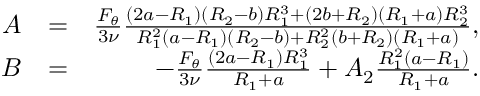
\begin{array} { r l r } { A } & { = } & { \frac { F _ { \theta } } { 3 \nu } \frac { ( 2 a - R _ { 1 } ) ( R _ { 2 } - b ) R _ { 1 } ^ { 3 } + ( 2 b + R _ { 2 } ) ( R _ { 1 } + a ) R _ { 2 } ^ { 3 } } { R _ { 1 } ^ { 2 } ( a - R _ { 1 } ) ( R _ { 2 } - b ) + R _ { 2 } ^ { 2 } ( b + R _ { 2 } ) ( R _ { 1 } + a ) } , } \\ { B } & { = } & { - \frac { F _ { \theta } } { 3 \nu } \frac { ( 2 a - R _ { 1 } ) R _ { 1 } ^ { 3 } } { R _ { 1 } + a } + A _ { 2 } \frac { R _ { 1 } ^ { 2 } ( a - R _ { 1 } ) } { R _ { 1 } + a } . } \end{array}